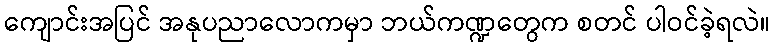
ကျောင်းအပြင် အနုပညာလောကမှာ ဘယ်ကဏ္ဍတွေက စတင် ပါဝင်ခဲ့ရလဲ။